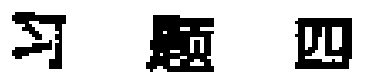
习题四